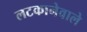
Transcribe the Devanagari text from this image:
लटकानेवाले